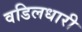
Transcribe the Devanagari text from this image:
वडिलधारी